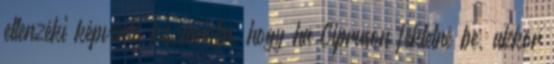
ellenzéki képviselő kiszámolja, hogy ha Cipruson fektetné be, akkor